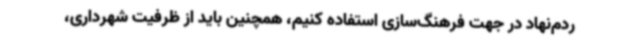
ردم‌نهاد در جهت فرهنگ‌سازی استفاده کنیم، همچنین باید از ظرفیت شهرداری،